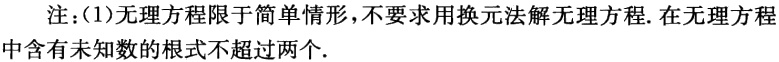
注：(1)无理方程限于简单情形，不要求用换元法解无理方程. 在无理方程中含有未知数的根式不超过两个.